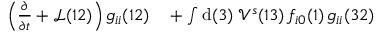
\begin{array} { r l } { \left( \frac { \partial } { \partial t } + \mathcal { L } ( 1 2 ) \right) g _ { i i } ( 1 2 ) } & { { } + \int \mathrm { d } ( 3 ) \; \mathcal { V } ^ { s } ( 1 3 ) \, f _ { i 0 } ( 1 ) \, g _ { i i } ( 3 2 ) } \end{array}